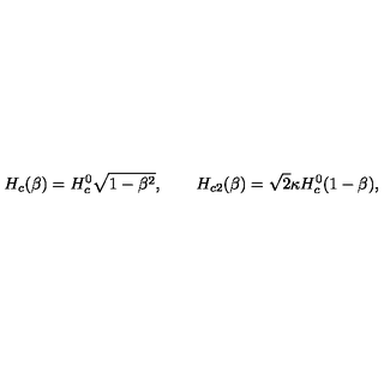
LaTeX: H _ { c } ( \beta ) = H _ { c } ^ { 0 } \sqrt { 1 - \beta ^ { 2 } } , \qquad H _ { c 2 } ( \beta ) = \sqrt { 2 } \kappa H _ { c } ^ { 0 } ( 1 - \beta ) ,